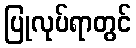
ပြုလုပ်ရာတွင်